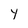
Character: Y